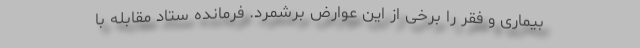
بیماری و فقر را برخی از این عوارض برشمرد. فرمانده ستاد مقابله با